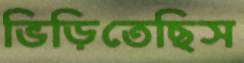
ভিড়িতেছিস